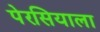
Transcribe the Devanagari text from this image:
पेरसियाला